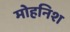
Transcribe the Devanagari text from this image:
मोहनिश